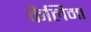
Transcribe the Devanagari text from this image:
कैलिमा